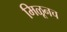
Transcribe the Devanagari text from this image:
मिळूनच